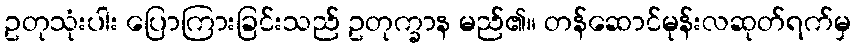
ဥတုသုံးပါး ပြောကြားခြင်းသည် ဥတုက္ခာန မည်၏။ တန်ဆောင်မုန်းလဆုတ်ရက်မှ